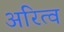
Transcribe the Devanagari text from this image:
अरित्व